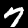
Label: 7